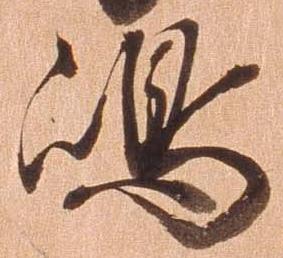
島